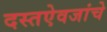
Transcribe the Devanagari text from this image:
दस्तऐवजांचे